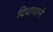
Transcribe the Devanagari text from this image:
दिवाणाने